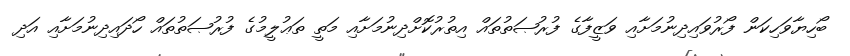
ބޯހިޔާވަހިކަން ފޯރުވައިދިނުމަށާއި ވަޒީފާގެ ފުރުޞަތުތައް އިތުރުކޮށްދިނުމަށާއި މަތީ ތަޢުލީމުގެ ފުރުޞަތުތައް ހޯދައިދިނުމަށާއި އަދި